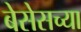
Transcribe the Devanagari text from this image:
बेसेसच्या